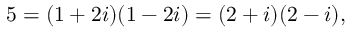
5 = ( 1 + 2 i ) ( 1 - 2 i ) = ( 2 + i ) ( 2 - i ) ,